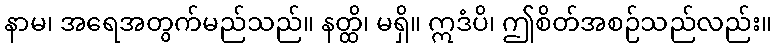
နာမ၊ အရေအတွက်မည်သည်။ နတ္ထိ၊ မရှိ။ ဣဒံပိ၊ ဤစိတ်အစဉ်သည်လည်း။